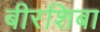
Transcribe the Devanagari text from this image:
बीरशिबा